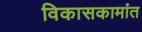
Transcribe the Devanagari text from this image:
विकासकामांत